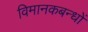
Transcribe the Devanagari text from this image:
विमानकबन्धों